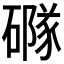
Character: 𥖐